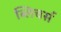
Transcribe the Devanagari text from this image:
ब्लिचर्स